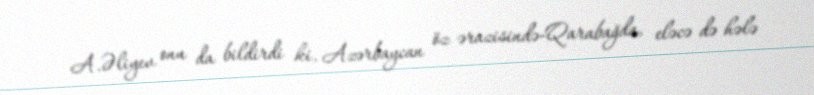
A.Əliyev onu da bildirdi ki, Azərbaycan öz ərazisində-Qarabağda, eləcə də hələ